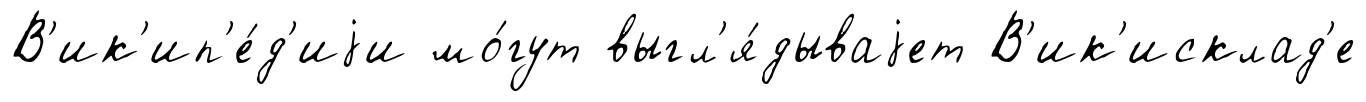
В'ик'ип'е́д'иjи мо́гут выгл'я́дываjет В'ик'исклад'е